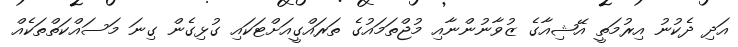
އަދި ދެކުނު އިރުމަތީ އޭޝިއާގެ ޒުވާނުންނާއި މުޖްތަމައުގެ ތަރައްގީއަށްޓަކައި ގުޅިގެން ގިނަ މަސައްކަތްތަކެއް